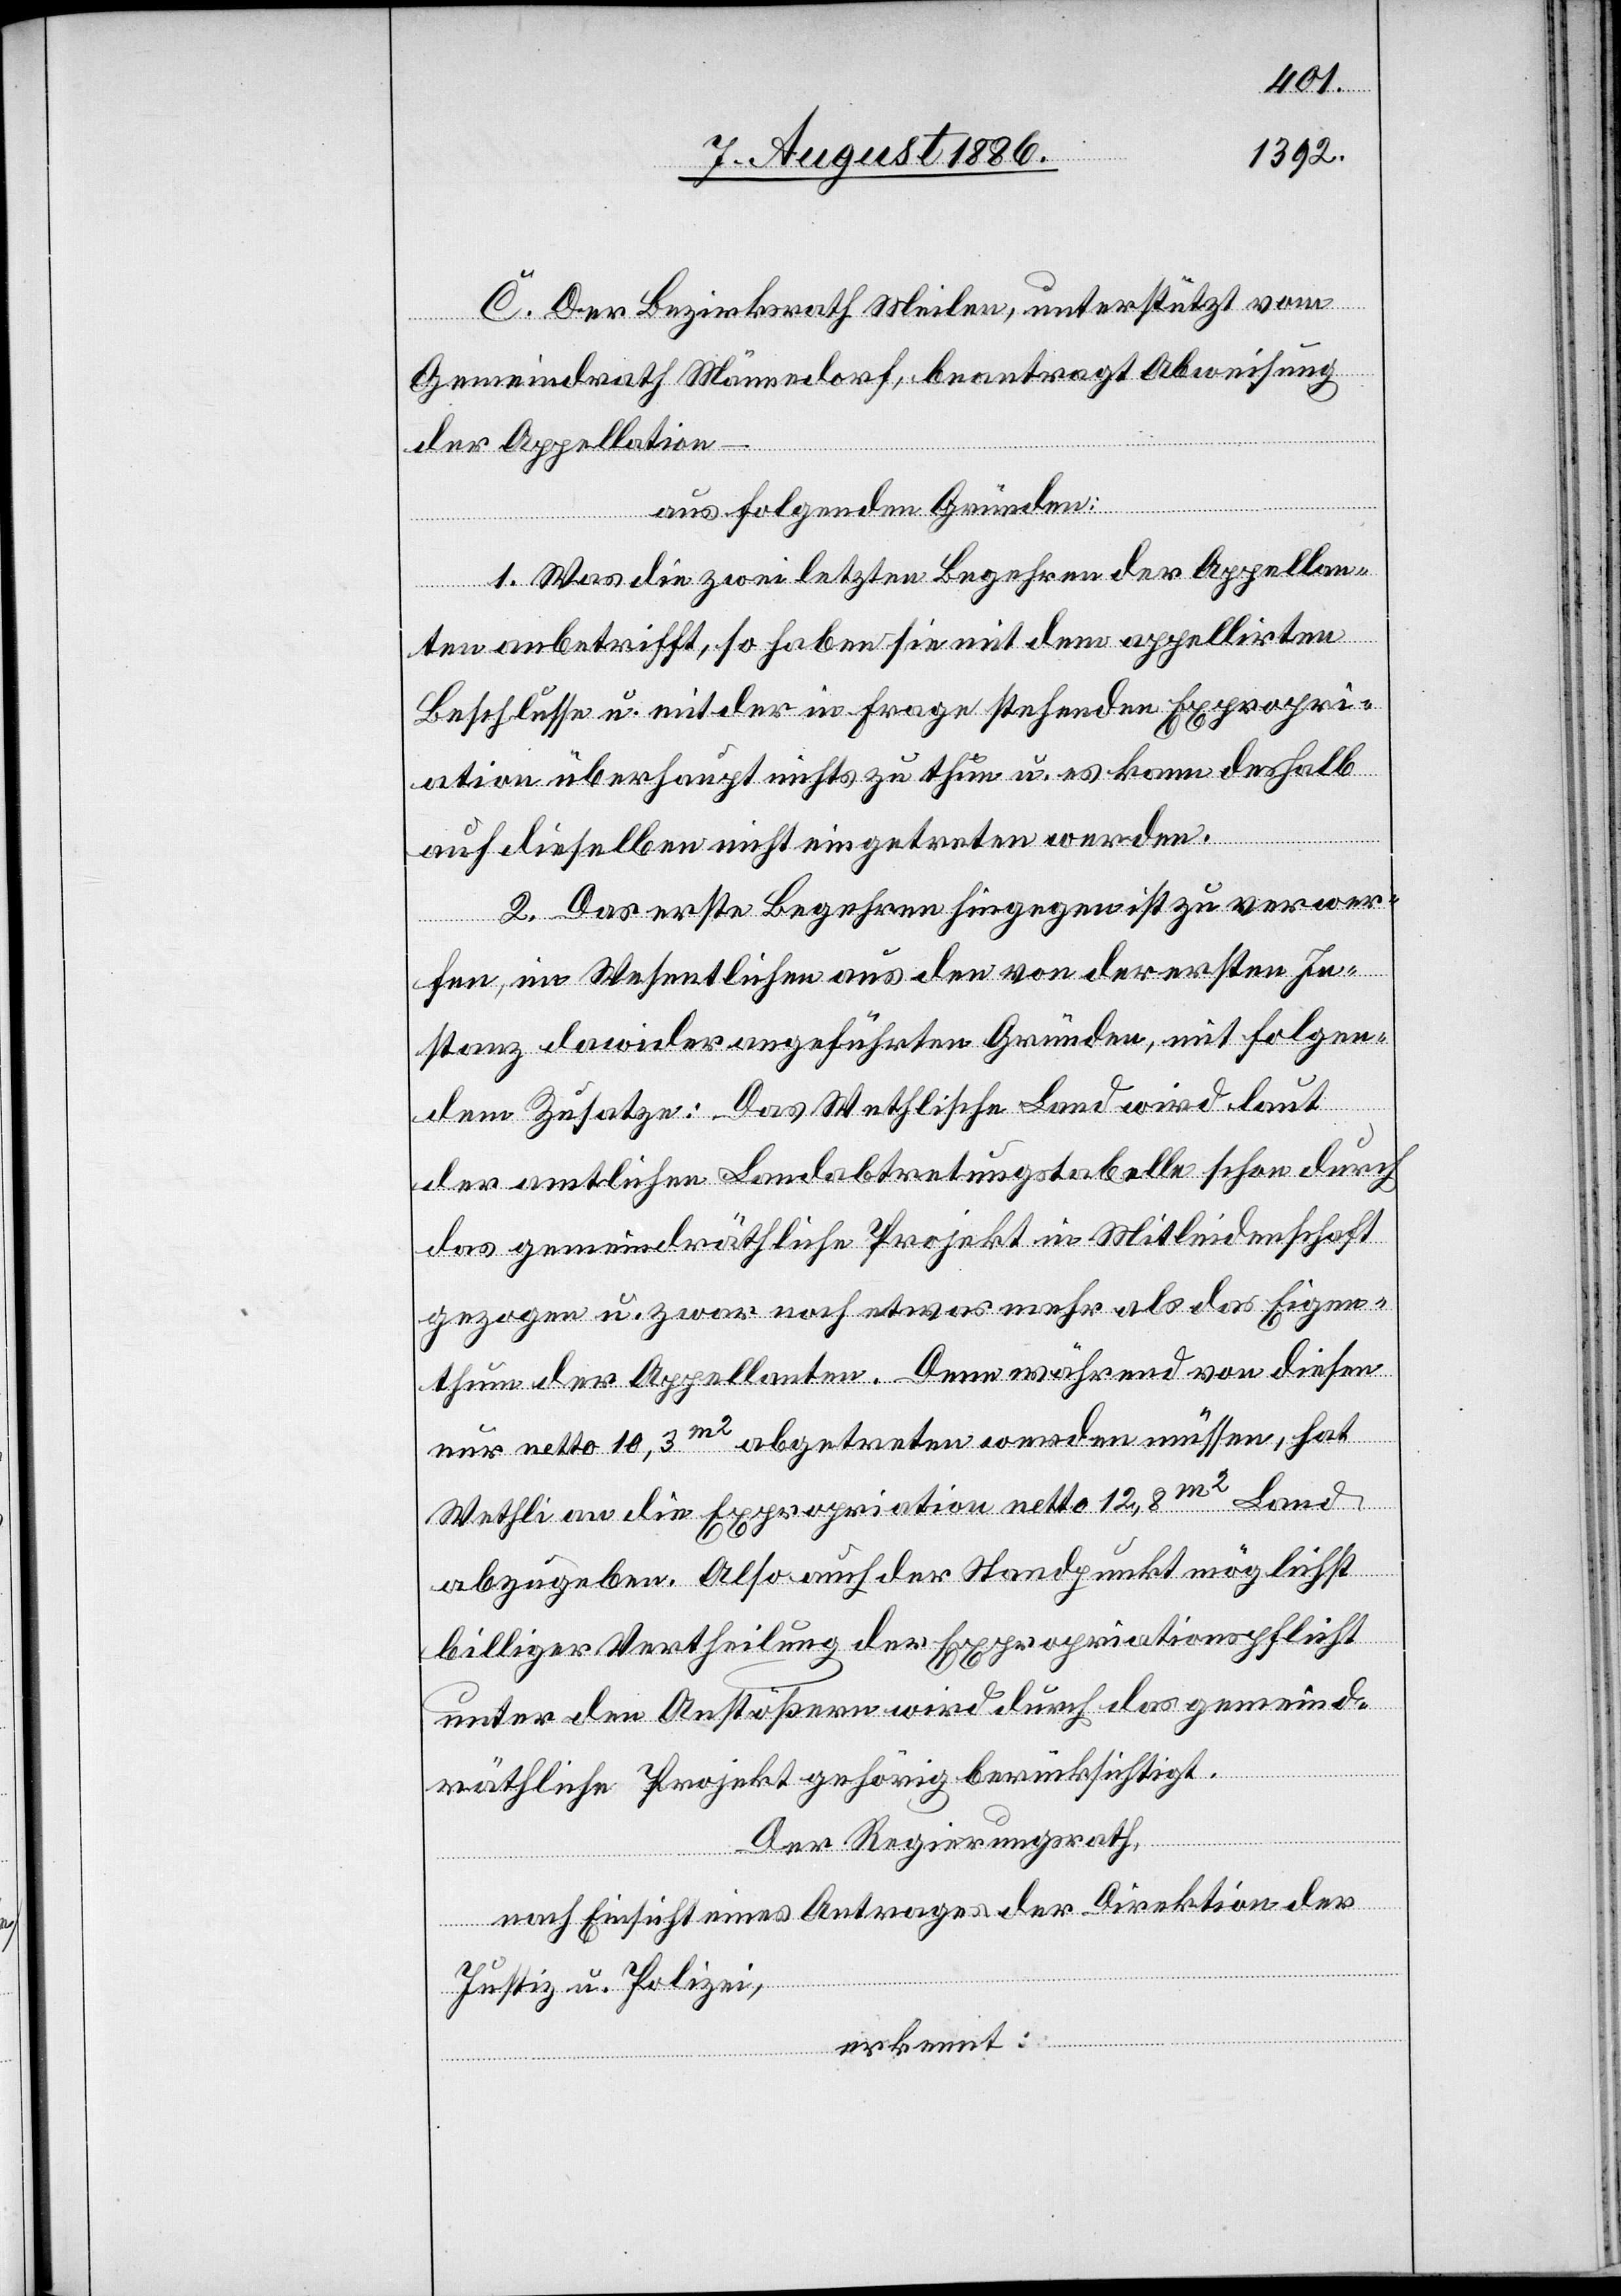
C. Der Bezirksrath Meilen, unterstützt vom
Gemeindrath Männedorf, beantragt Abweisung
der Appellation
aus folgenden Gründen:
1. Was die zwei letzten Begehren der Appellan¬
ten anbetrifft, so haben sie mit dem appellirten
Beschlusse u. mit der in Frage stehenden Expropri¬
ation überhaupt nichts zu thun u. es kann deshalb
auf dieselben nicht eingetreten werden.
2. Das erste Begehren hingegen ist zu verwer¬
fen, im Wesentlichen aus den von der ersten In¬
stanz dawider angeführten Gründen, mit folgen¬
dem Zusatze: Das Wethlische Land wird laut
der amtlichen Landabtretungstabelle schon durch
das gemeindräthliche Projekt in Mitleidenschaft
gezogen u. zwar noch etwas mehr als das Eigen¬
thum der Appellanten. Denn während von diesen
nur netto 10,3m2 abgetreten werden müssen, hat
Wethli an die Expropriation netto 12,8m2 Land
abzugeben. Also auch der Standpunkt möglichst
billiger Vertheilung der Expropriationspflicht
unter den Anstößern wird durch das gemeind¬
räthliche Projekt gehörig berücksichtigt.
Der Regierungsrath,
nach Einsicht eines Antrages der Direktion der
Justiz u. Polizei,
erkennt: